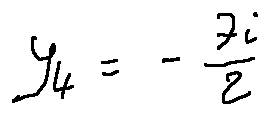
y _ { 4 } = - \frac { 7 i } { 2 }